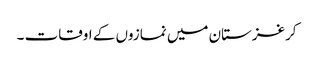
کرغزستان میں نمازوں کے اوقات ۔